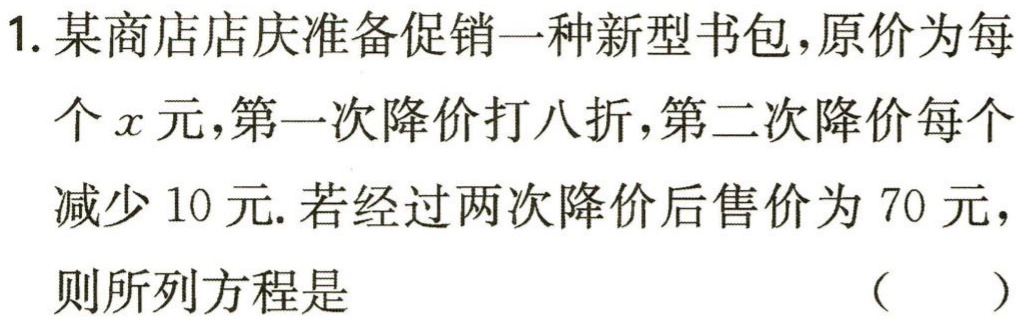
1. 某商店店庆准备促销一种新型书包，原价为每个\(x\)元，第一次降价打八折，第二次降价每个减少 10 元. 若经过两次降价后售价为 70 元，则所列方程是 （  ）